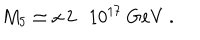
LaTeX: M _ { 5 } \simeq x \, 2 \cdot 1 0 ^ { 1 7 } \mathrm { ~ G e V } \; .